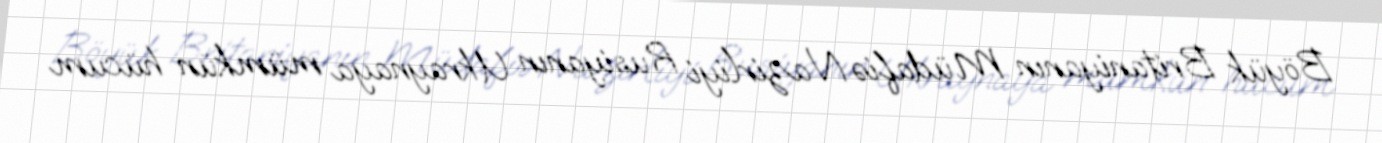
Böyük Britaniyanın Müdafiə Nazirliyi Rusiyanın Ukraynaya mümkün hücum